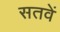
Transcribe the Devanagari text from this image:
सतवें